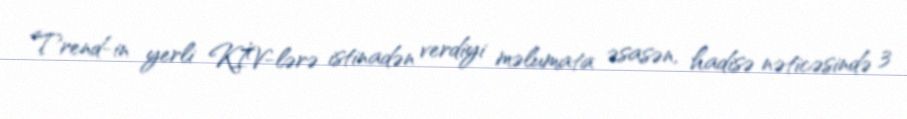
Trend-in yerli KİV-lərə istinadən verdiyi məlumata əsasən, hadisə nəticəsində 3